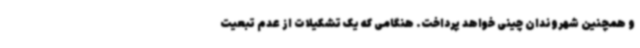
و همچنین شهروندان چینی خواهد پرداخت. هنگامی که یک تشکیلات از عدم تبعیت